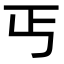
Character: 丐